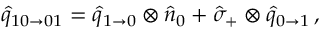
\hat { q } _ { 1 0 \to 0 1 } = \hat { q } _ { 1 \to 0 } \otimes \hat { n } _ { 0 } + \hat { \sigma } _ { + } \otimes \hat { q } _ { 0 \to 1 } \, ,